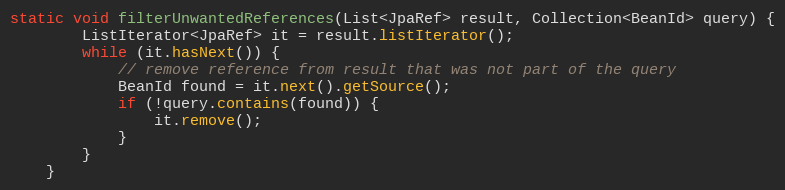
Language: Java
static void filterUnwantedReferences(List<JpaRef> result, Collection<BeanId> query) {
        ListIterator<JpaRef> it = result.listIterator();
        while (it.hasNext()) {
            // remove reference from result that was not part of the query
            BeanId found = it.next().getSource();
            if (!query.contains(found)) {
                it.remove();
            }
        }
    }